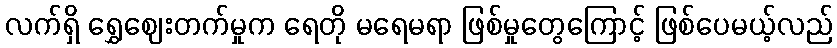
လက်ရှိ ရွှေဈေးတက်မှုက ရေတို မရေမရာ ဖြစ်မှုတွေကြောင့် ဖြစ်ပေမယ့်လည်